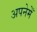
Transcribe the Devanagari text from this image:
अपनेमेँ